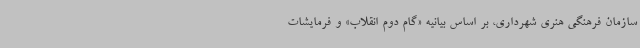
سازمان فرهنگی هنری شهرداری، بر اساس بیانیه «گام دوم انقلاب» و فرمایشات